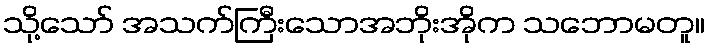
သို့သော် အသက်ကြီးသောအဘိုးအိုက သဘောမတူ။